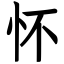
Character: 怀